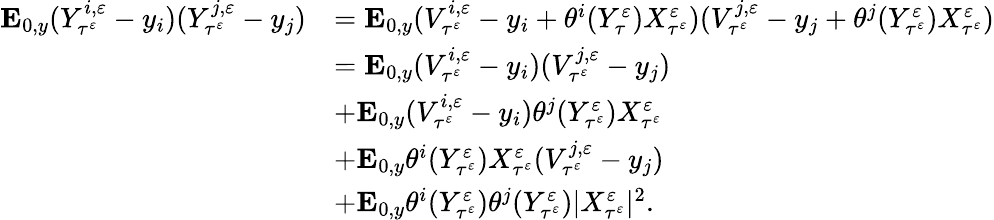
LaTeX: \begin{array}{rl}{\mathbf{E}_{0,y}(Y_{\tau^{\varepsilon}}^{i,\varepsilon}-y_{i})(Y_{\tau^{\varepsilon}}^{j,\varepsilon}-y_{j})}&{=\mathbf{E}_{0,y}(V_{\tau^{\varepsilon}}^{i,\varepsilon}-y_{i}+\theta^{i}(Y_{\tau}^{\varepsilon})X_{\tau^{\varepsilon}}^{\varepsilon})(V_{\tau^{\varepsilon}}^{j,\varepsilon}-y_{j}+\theta^{j}(Y_{\tau^{\varepsilon}}^{\varepsilon})X_{\tau^{\varepsilon}}^{\varepsilon})}\\ &{=\mathbf{E}_{0,y}(V_{\tau^{\varepsilon}}^{i,\varepsilon}-y_{i})(V_{\tau^{\varepsilon}}^{j,\varepsilon}-y_{j})}\\ &{+\mathbf{E}_{0,y}(V_{\tau^{\varepsilon}}^{i,\varepsilon}-y_{i})\theta^{j}(Y_{\tau^{\varepsilon}}^{\varepsilon})X_{\tau^{\varepsilon}}^{\varepsilon}}\\ &{+\mathbf{E}_{0,y}\theta^{i}(Y_{\tau^{\varepsilon}}^{\varepsilon})X_{\tau^{\varepsilon}}^{\varepsilon}(V_{\tau^{\varepsilon}}^{j,\varepsilon}-y_{j})}\\ &{+\mathbf{E}_{0,y}\theta^{i}(Y_{\tau^{\varepsilon}}^{\varepsilon})\theta^{j}(Y_{\tau^{\varepsilon}}^{\varepsilon})|X_{\tau^{\varepsilon}}^{\varepsilon}|^{2}.}\end{array}